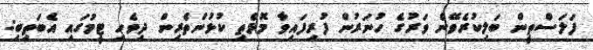
ފަލަސްތީން ބަލިކުރެވޭނެ ވަރުގެ ހުނަރުން ފުރިފައިވާ މޮޅެތި ކުޅުންތެރިން ދިވެހި ޓީމުގައި އެބަތިބި: